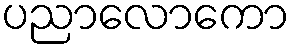
ပညာလောကော